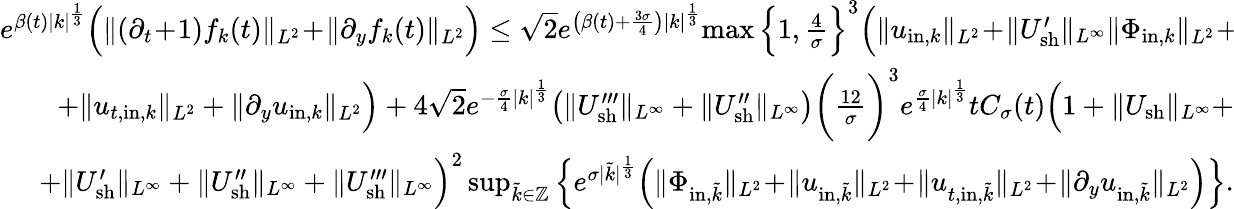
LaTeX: \begin{array}{r}{e^{\beta(t)|k|^{\frac{1}{3}}}\Big(\| (\partial_{t}\! +\! 1)f_{k}(t)\| _{L^{2}}\! +\! \| \partial_{y}f_{k}(t)\| _{L^{2}}\Big)\leq\sqrt{2}e^{\big(\beta(t)+\frac{3\sigma}{4}\big)|k|^{\frac{1}{3}}}\! \operatorname*{max}\Big\{ 1,\frac{4}{\sigma}\Big\} ^{3}\Big(\| u_{\mathrm{in},k}\| _{L^{2}}\! +\! \| U_{\mathrm{sh}}^{\prime}\| _{L^{\infty}}\| \Phi_{\mathrm{in},k}\| _{L^{2}}\! +\! }\\ {+\| u_{t,\mathrm{in},k}\| _{L^{2}}+\| \partial_{y}u_{\mathrm{in},k}\| _{L^{2}}\Big)+4\sqrt{2}e^{-\frac{\sigma}{4}|k|^{\frac 13}}\big(\| U_{\mathrm{sh}}^{\prime\prime\prime}\| _{L^{\infty}}+\| U_{\mathrm{sh}}^{\prime\prime}\| _{L^{\infty}}\big)\bigg(\frac{12}{\sigma}\bigg)^{3}e^{\frac{\sigma}{4}|k|^{\frac 13}}tC_{\sigma}(t)\Big(1+\| U_{\mathrm{sh}}\| _{L^{\infty}}+}\\ {+\| U_{\mathrm{sh}}^{\prime}\| _{L^{\infty}}+\| U_{\mathrm{sh}}^{\prime\prime}\| _{L^{\infty}}+\| U_{\mathrm{sh}}^{\prime\prime\prime}\| _{L^{\infty}}\Big)^{2}\operatorname*{sup}_{\tilde{k}\in\mathbb Z}\Big\{ e^{\sigma|\tilde{k}|^{\frac{1}{3}}}\Big(\| \Phi_{\mathrm{in},\tilde{k}}\| _{L^{2}}\! +\! \| u_{\mathrm{in},\tilde{k}}\| _{L^{2}}\! +\! \| u_{t,\mathrm{in},\tilde{k}}\| _{L^{2}}\! +\! \| \partial_{y}u_{\mathrm{in},\tilde{k}}\| _{L^{2}}\Big)\Big\} .}\end{array}